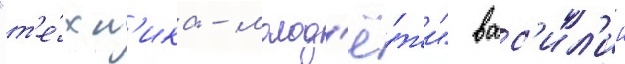
"т'е́хн'ика - молод'ё́жи" вас'ил'ии